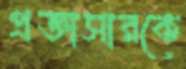
প্রজ্ঞাসারকে